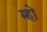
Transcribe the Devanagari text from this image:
म्हो